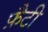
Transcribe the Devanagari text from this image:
फ़ैटी